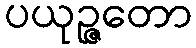
ပယုဉ္ဇတော